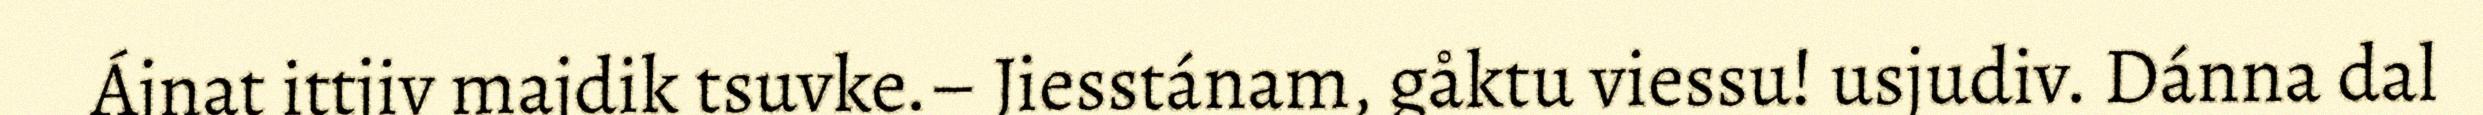
Ájnat ittjiv majdik tsuvke.– Jiesstánam, gåktu viessu! usjudiv. Dánna dal